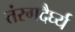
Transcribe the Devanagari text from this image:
तंरगदैर्घ्य